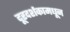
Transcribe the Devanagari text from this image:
दूरदर्शकामधून